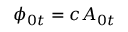
\phi _ { 0 t } = c A _ { 0 t }